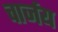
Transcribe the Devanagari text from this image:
चार्जय